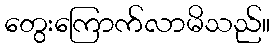
တွေးကြောက်လာမိသည်။